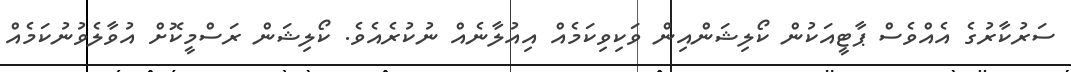
ސަރުކާރުގެ އެއްވެސް ޕާޓީއަކުން ކޯލިޝަންއިން ވަކިވިކަމެއް އިއުލާނެއް ނުކުރެެއެވެ. ކޯލިޝަން ރަސްމީކޮށް އުވާލެވުނުކަމެއް